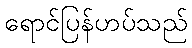
ရောင်ပြန်ဟပ်သည်